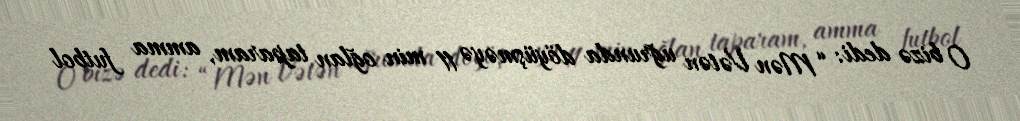
O bizə dedi: “Mən Vətən uğrunda döyüşməyə 11 min oğlan taparam, amma futbol